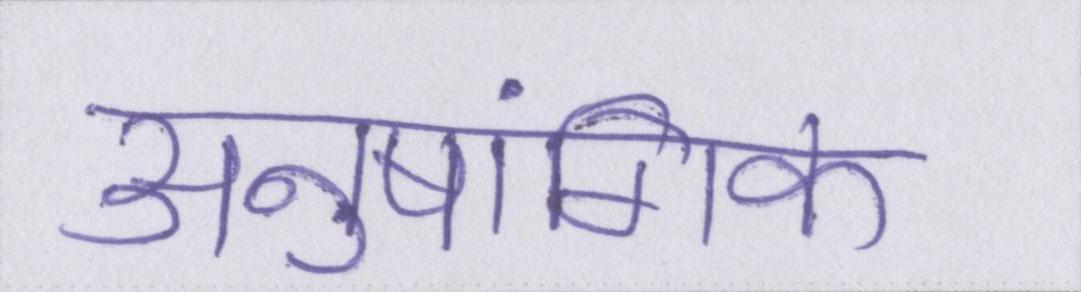
अनुषांगिक